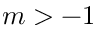
m > - 1